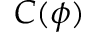
C ( \phi )